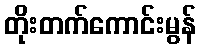
တိုးတက်ကောင်းမွန်